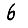
Digit: 6